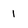
Character: 1